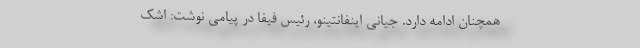
همچنان ادامه دارد. جیانی اینفانتینو، رئیس فیفا در پیامی نوشت: اشک